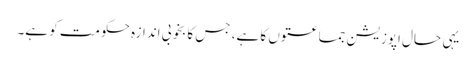
یہی حال اپوزیشن جماعتوں کا ہے، جس کا بخوبی اندازہ حکومت کو ہے۔